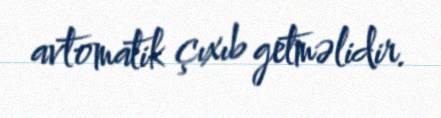
avtomatik çıxıb getməlidir.